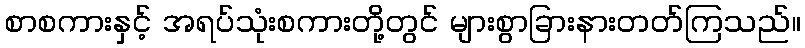
စာစကားနှင့် အရပ်သုံးစကားတို့တွင် များစွာခြားနားတတ်ကြသည်။